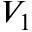
V _ { 1 }